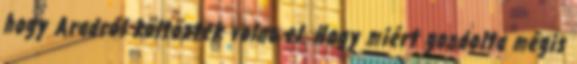
hogy Aradról költöztek volna el. Hogy miért gondolta mégis